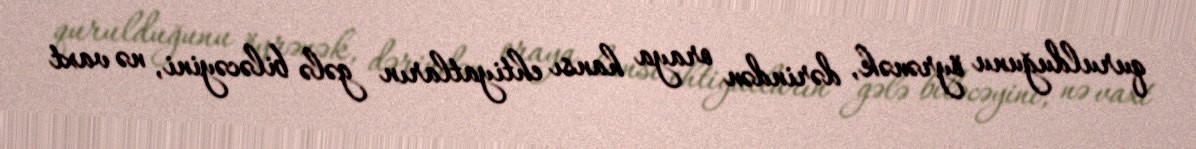
qurulduğunu öyrənək, dərindən oraya hansı ehtiyatların gələ biləcəyini, nə vaxt